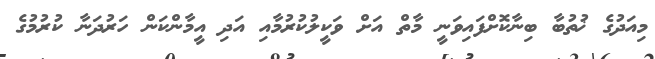
މިއަދުގެ ޚުތުބާ ބިނާކޮށްފައިވަނީ މާތް އަށް ވަކީލުކުރުމާއި އަދި އީމާންކަން ހަރުދަނާ ކުރުމުގެ